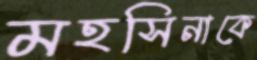
মহসিনাকে